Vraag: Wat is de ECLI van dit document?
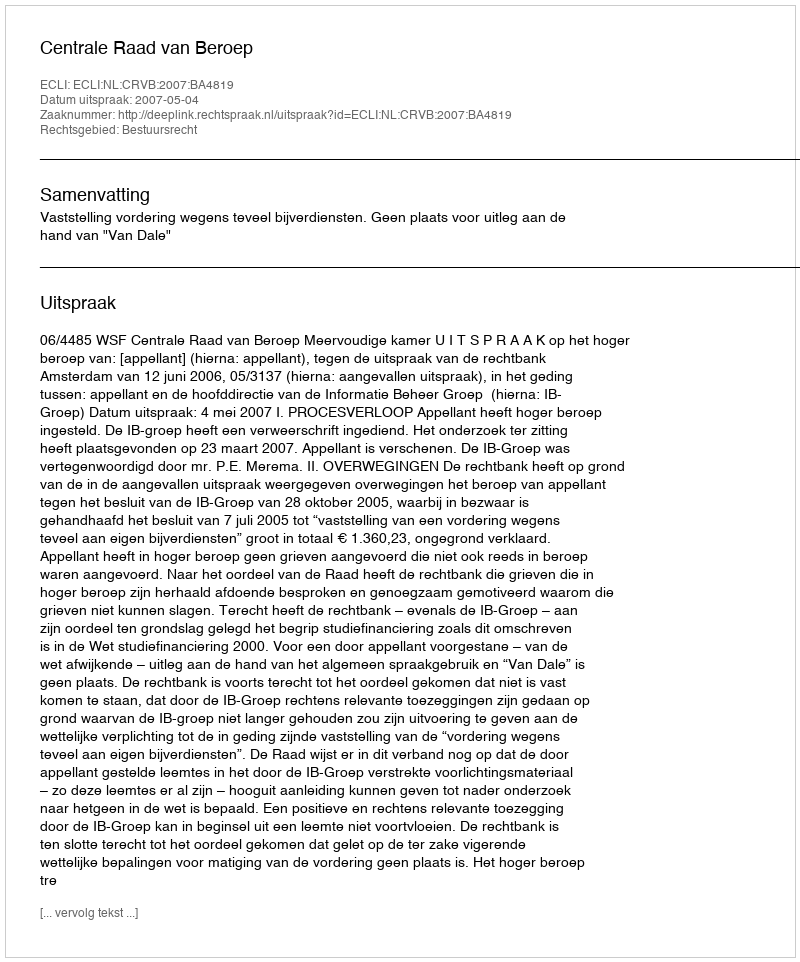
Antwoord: ECLI:NL:CRVB:2007:BA4819